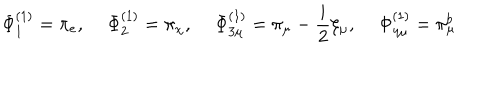
LaTeX: \Phi _ { 1 } ^ { ( 1 ) } = \pi _ { e } , \quad \, \Phi _ { 2 } ^ { ( 1 ) } = \pi _ { \chi } , \, \quad \Phi _ { 3 \mu } ^ { ( 1 ) } = \pi _ { \mu } - \frac { i } { 2 } \xi _ { \mu } , \quad \, \Phi _ { 4 \mu } ^ { ( 1 ) } = \pi _ { \mu } ^ { b }